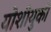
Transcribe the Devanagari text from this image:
योशीयुकी